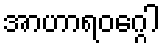
အာဟာရဝဂ္ဂေါ